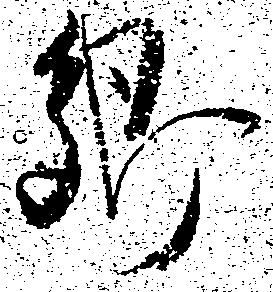
郷